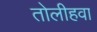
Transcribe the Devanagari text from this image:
तोलीहवा